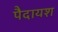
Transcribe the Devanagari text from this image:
पैदायश